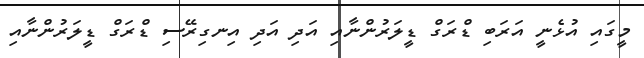
މީގައި އުޅެނީ އަރަބި ޑްރަގް ޑީލަރުންނާއި އަދި އަދި އިނގިރޭސި ޑްރަގް ޑީލަރުންނާއި